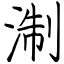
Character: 淛